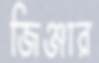
জিঞ্জার